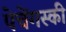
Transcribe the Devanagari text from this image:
पेचेंगस्की